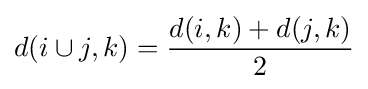
d(i\cup j,k)={\frac {d(i,k)+d(j,k)}{2}}